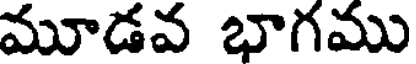
మూడవ భాగము